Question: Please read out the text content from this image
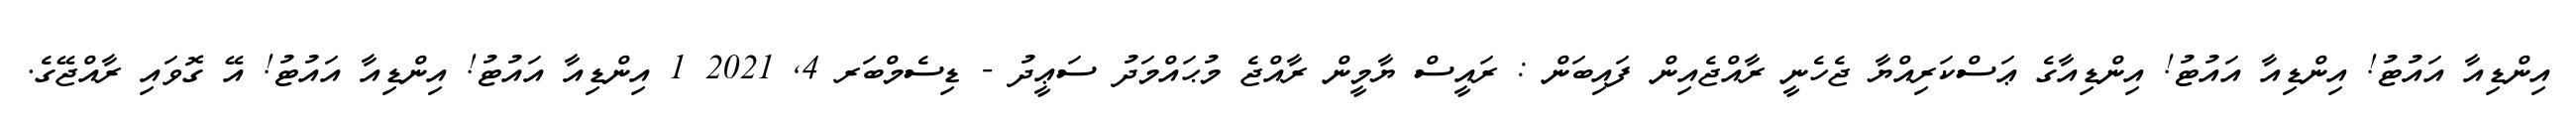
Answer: އިންޑިއާ އައުޓު! އިންޑިއާ އައުޓު! އިންޑިއާގެ ޢަސްކަރިއްޔާ ޖެހެނީ ރާއްޖެއިން ފައިބަން : ރައީސް ޔާމީން ރާއްޖެ މުޙައްމަދު ސަޢީދު - ޑިސެމްބަރ 4, 2021 1 އިންޑިއާ އައުޓު! އިންޑިއާ އައުޓު! އޭ ގޮވައި ރާއްޖޭގެ.